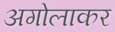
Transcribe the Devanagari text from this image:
अगोलाकर